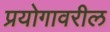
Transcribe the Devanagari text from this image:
प्रयोगावरील